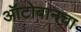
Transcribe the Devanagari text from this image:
ऑटोबानचा